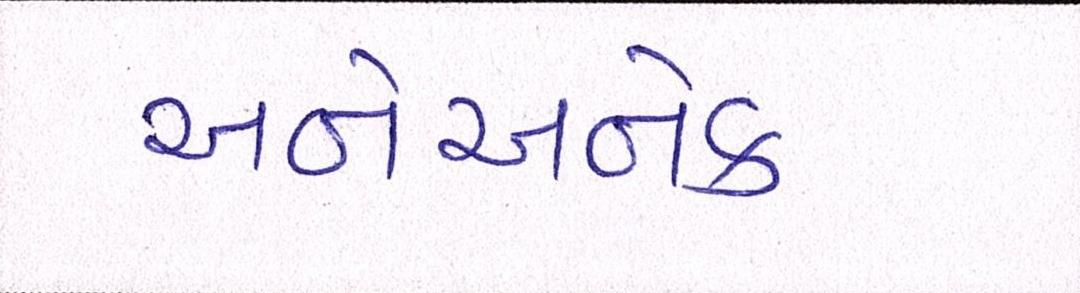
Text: અનેઅનેક